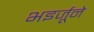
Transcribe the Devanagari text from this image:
भइर्जूने